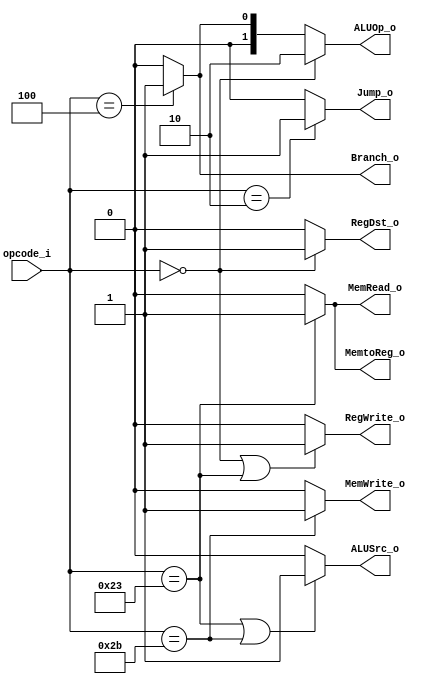
`timescale 1ns / 1ps

module Control(
        opcode_i,
        RegDst_o,
        Jump_o,
        Branch_o,
        MemRead_o,
        MemtoReg_o,
        ALUOp_o,
        MemWrite_o,
        ALUSrc_o,
        RegWrite_o
    );
    
    input [5:0] opcode_i;
    output wire [1:0] ALUOp_o;
    output wire RegDst_o,
                Jump_o,
                Branch_o, 
                MemRead_o, 
                MemtoReg_o, 
                MemWrite_o, 
                ALUSrc_o, 
                RegWrite_o;    
    
    assign RegDst_o = (opcode_i == 6'b000000) ? 1'b1 : 1'b0 ;
    assign Jump_o = (opcode_i == 6'b000010)? 1'b1 : 1'b0 ;
    assign Branch_o = (opcode_i == 6'b000100) ? 1'b1 : 1'b0 ; 
    assign MemRead_o = (opcode_i == 6'b100011) ? 1'b1 : 1'b0 ;
    assign MemtoReg_o = (opcode_i == 6'b100011) ? 1'b1 : 1'b0 ;
    assign ALUOp_o = (opcode_i == 6'b000000) ? 2'b10 : (opcode_i == 6'b000100) ? 2'b01 : 2'b00;
    assign MemWrite_o = (opcode_i == 6'b101011) ? 1'b1 : 1'b0 ;
    assign ALUSrc_o = ((opcode_i == 6'b100011)|(opcode_i == 6'b101011)) ? 1'b1 : 1'b0 ;
    assign RegWrite_o = ((opcode_i == 6'b000000)|(opcode_i == 6'b100011)) ? 1'b1 : 1'b0 ;
    
endmodule